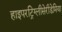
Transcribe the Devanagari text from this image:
हाइपरट्रिग्लीसेरीडेमिया